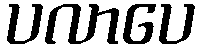
ပလာပေ